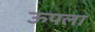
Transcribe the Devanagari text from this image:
ऊपला